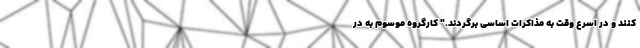
کنند و در اسرع وقت به مذاکرات اساسی برگردند." کارگروه موسوم به در